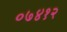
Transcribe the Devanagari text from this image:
०७४१२